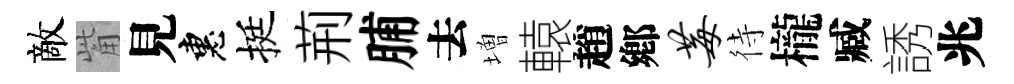
敵觜見惠挺荊脯去増轅趙鄕莓待櫳臧誘兆